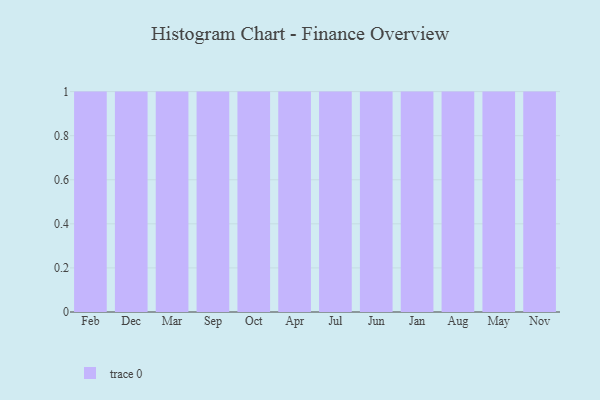
{"axis": {"x": "Month", "y": "Latency (ms)"}, "legend": [""], "data": [{"x": "Feb", "y": 5, "type": ""}, {"x": "Dec", "y": 91, "type": ""}, {"x": "Mar", "y": 89, "type": ""}, {"x": "Sep", "y": 6, "type": ""}, {"x": "Oct", "y": 59, "type": ""}, {"x": "Apr", "y": 36, "type": ""}, {"x": "Jul", "y": 98, "type": ""}, {"x": "Jun", "y": 93, "type": ""}, {"x": "Jan", "y": 69, "type": ""}, {"x": "Aug", "y": 16, "type": ""}, {"x": "May", "y": 5, "type": ""}, {"x": "Nov", "y": 90, "type": ""}]}